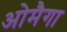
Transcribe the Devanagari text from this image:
ओमैगा